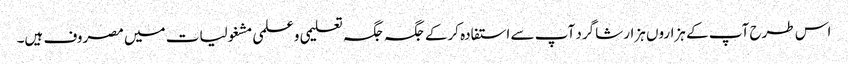
اس طرح آپ کے ہزاروں ہزار شاگرد آپ سے استفادہ کرکے جگہ جگہ تعلیمی وعلمی مشغولیات میں مصروف ہیں۔